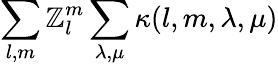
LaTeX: \sum_{l,m}\mathbb{Z}_{l}^{m}\sum_{\lambda,\mu}\kappa(l,m,\lambda,\mu)